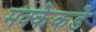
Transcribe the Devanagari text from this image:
मक्केकडे